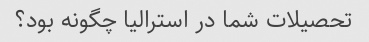
تحصیلات شما در استرالیا چگونه بود؟